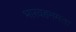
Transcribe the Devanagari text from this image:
भारवहनमता